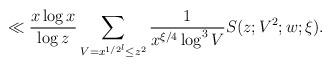
LaTeX: \begin{align*} \ll \frac{x\log x}{\log z} \sum_{V=x^{1/2^l}\le z^2} \frac{1}{x^{\xi/4} \log^3 V} S(z;V^2;w;\xi).\end{align*}